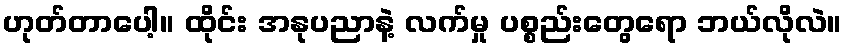
ဟုတ်တာပေါ့။ ထိုင်း အနုပညာနဲ့ လက်မှု ပစ္စည်းတွေရော ဘယ်လိုလဲ။